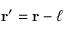
\mathbf { r ^ { \prime } } = \mathbf { r } - { \boldsymbol { \ell } }